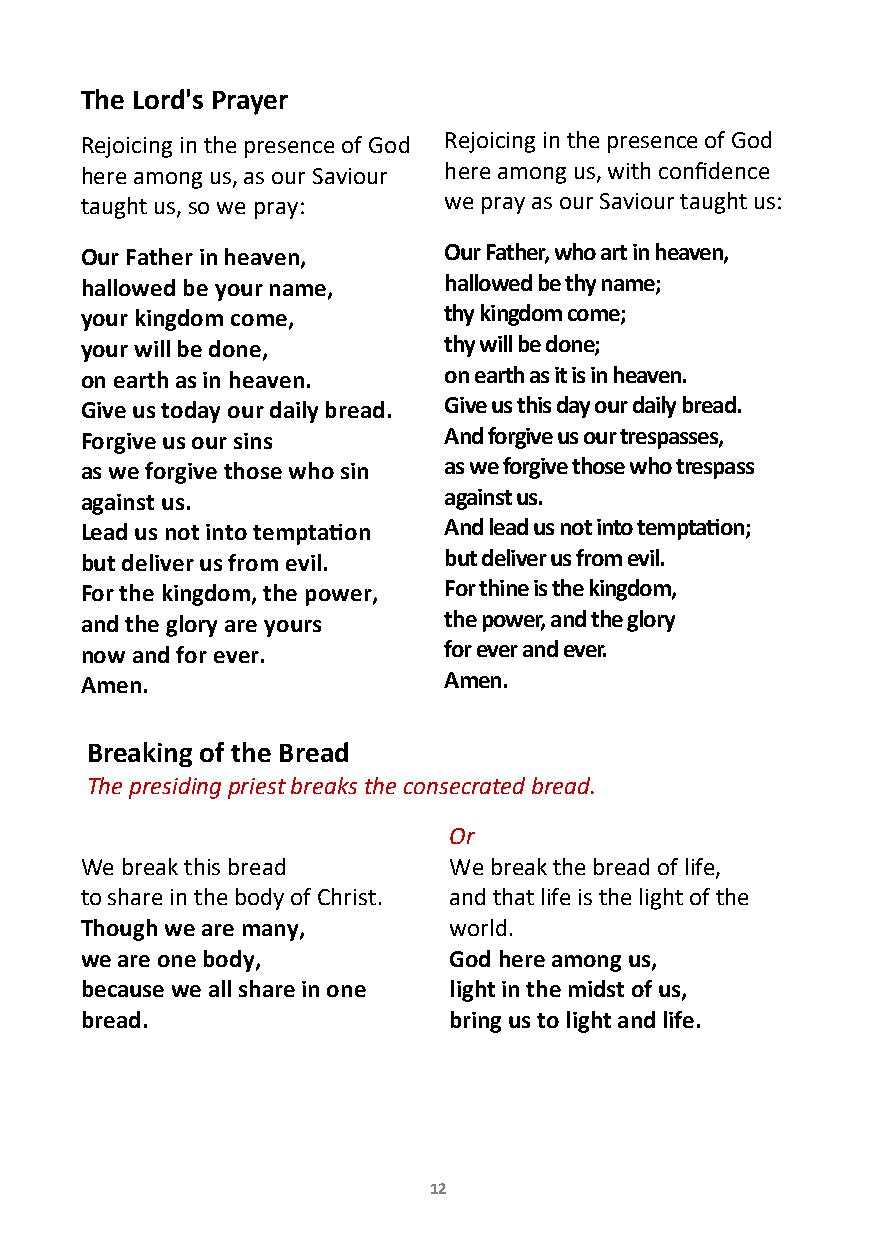
The Lord's Prayer
 Rejoicing in the presence of God Rejoicing in the presence of God
 here among us, as our Saviour here among us, with confidence
 taught us, so we pray:  we pray as our Saviour taught us:
 Our Father in heaven,   Our Father, who art in heaven,
 hallowed be your name,  hallowed be thy name;
 your kingdom come,      thy kingdom come;
 your will be done,      thy will be done;
 on earth as in heaven.  on earth as it is in heaven.
 Give us today our daily bread. Give us this day our daily bread.
 Forgive us our sins     And forgive us our trespasses,
 as we forgive those who sin as we forgive those who trespass
 against us.             against us.
 Lead us not into temptation And lead us not into temptation;
 but deliver us from evil. but deliver us from evil.
 For the kingdom, the power, For thine is the kingdom,
 and the glory are yours the power, and the glory
 now and for ever.       for ever and ever.
 Amen.                   Amen.
 Breaking of the Bread
 The presiding priest breaks the consecrated bread.
 Or
 We break this bread      We break the bread of life,
 to share in the body of Christ. and that life is the light of the
 Though we are many,      world.
 we are one body,         God here among us,
 because we all share in one light in the midst of us,
 bread.                   bring us to light and life.
 12